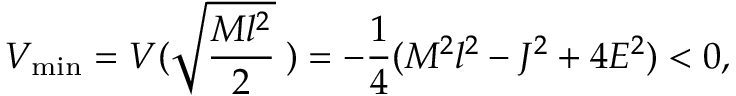
V _ { \mathrm { m i n } } = V ( \sqrt { \frac { M l ^ { 2 } } { 2 } } \; ) = - \frac { 1 } { 4 } ( M ^ { 2 } l ^ { 2 } - J ^ { 2 } + 4 E ^ { 2 } ) < 0 ,